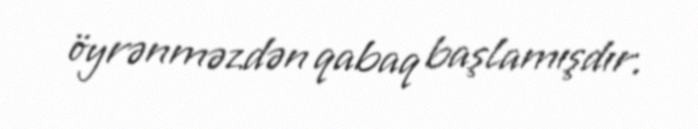
öyrənməzdən qabaq başlamışdır.